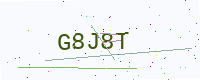
Text: G8J8T